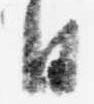
日